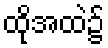
ထိုအထဲ၌